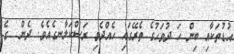
އުޑުތަކާއި ބިން ހަ ދުވަހުގެ ތެރޭގައި ހެއްދެވި ރަސްކަލާނގެއެވެ. ދެން  ގެ